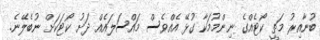
ބުނާއިރު މަތީ ކޯޓެއްގެ ނިންމުމަކާ ގުޅޭ އެއްވެސް މައްސަލައެއް ދަށު ކޯޓަކަށް ނުބެލޭނެ.